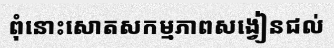
ពុំនោះសោតសកម្មភាពសង្វៀនជល់